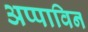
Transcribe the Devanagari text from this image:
अप्पाविन